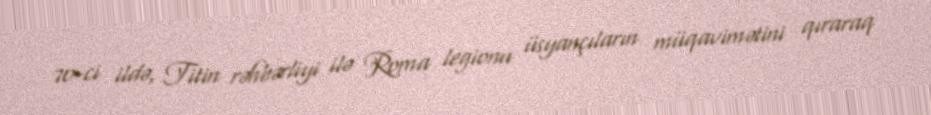
70-ci ildə, Titin rəhbərliyi ilə Roma legionu üsyançıların müqavimətini qıraraq